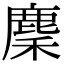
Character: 麇